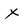
Character: X